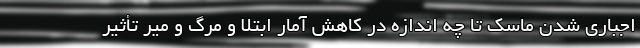
اجباری شدن ماسک تا چه اندازه در کاهش آمار ابتلا و مرگ و میر تأثیر